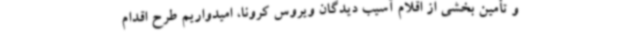
و تأمین بخشی از اقلام آسیب دیدگان ویروس کرونا، امیدواریم طرح اقدام